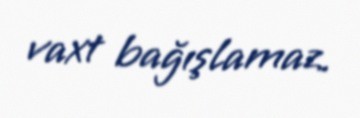
vaxt bağışlamaz.